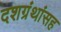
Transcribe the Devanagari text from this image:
दशग्रंथांसह